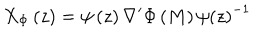
LaTeX: X _ { \Phi } \left( z \right) = \psi \left( z \right) \nabla ^ { \prime } \Phi \left( M \right) \psi \left( z \right) ^ { - 1 }